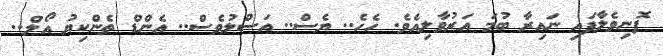
ފޮނިވެލާފައި ނައިރާ ބުމަ އަރުވާލިއެވެ. ހެހެ.. ޔެސް.. އަސްލުވެސް.. އެންޑް ތެންކިޔު އޯލް..